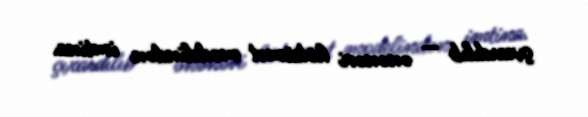
çıxardılıb — ənənəvi hökümət modelindən imtina.